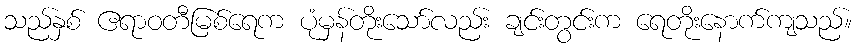
သည်နှစ် ဧရာဝတီမြစ်ရေက ပုံမှန်တိုးသော်လည်း ချင်းတွင်းက ရေတိုးနောက်ကျသည်။